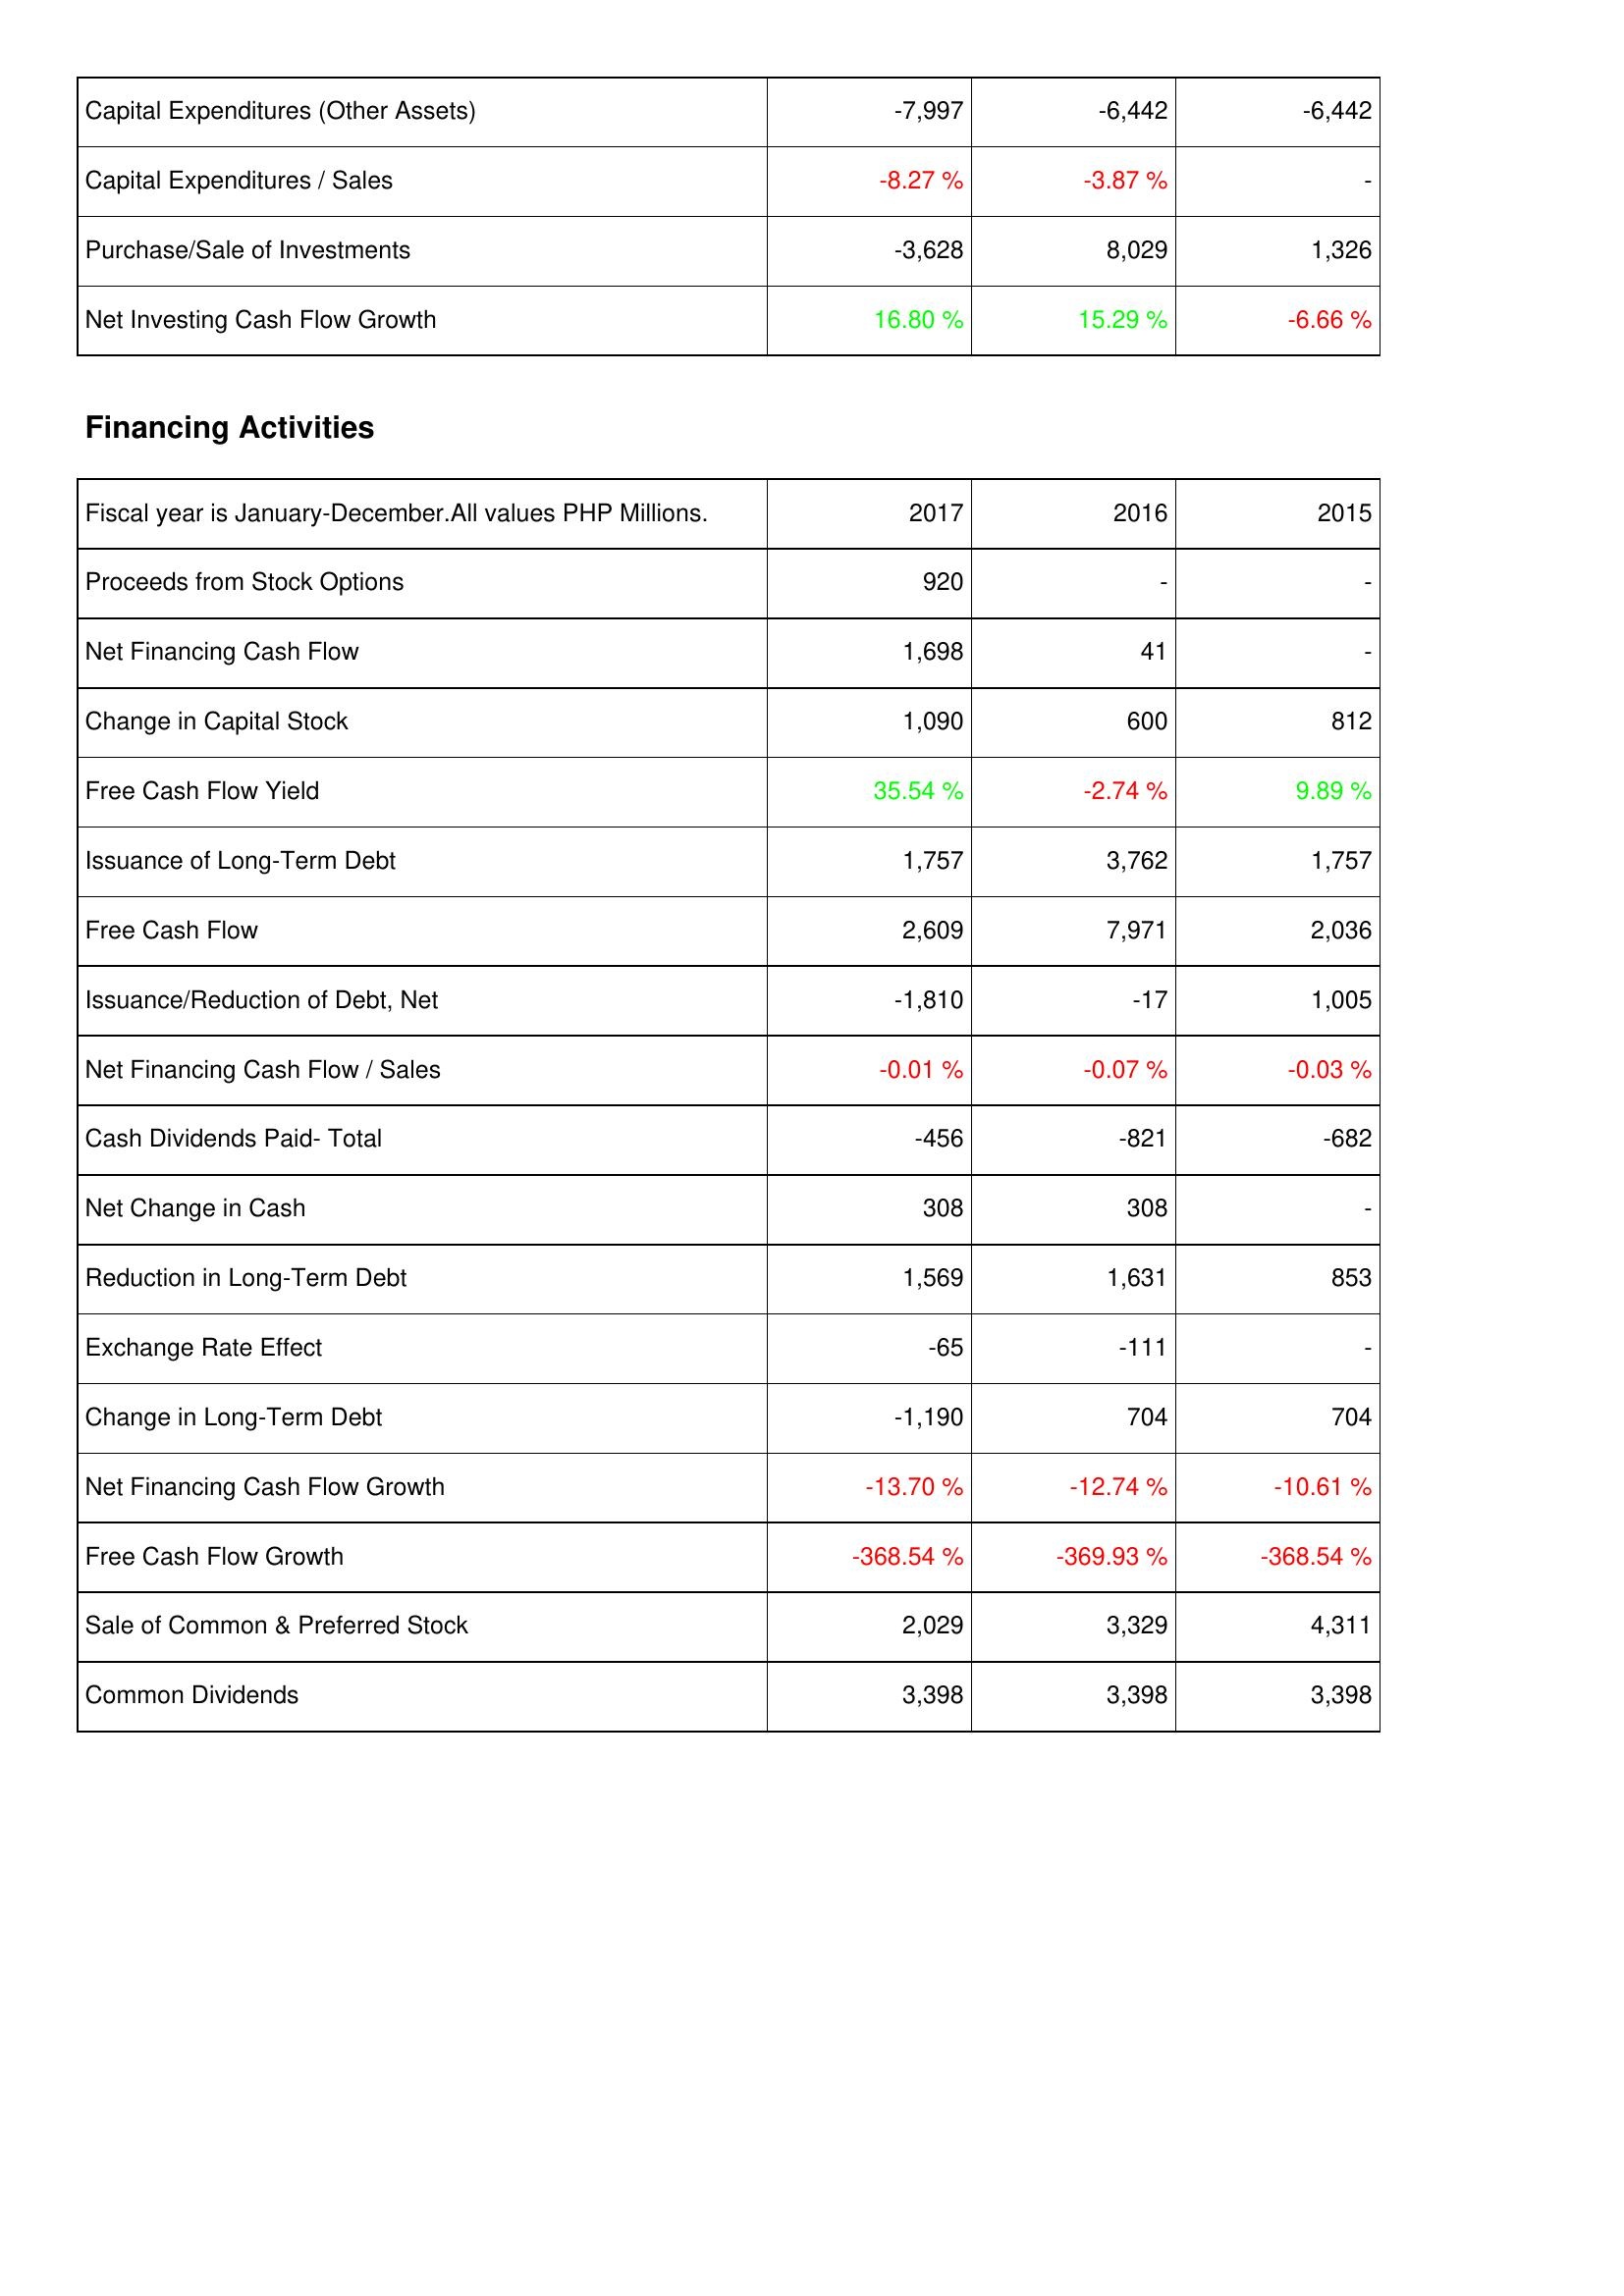
2017: Investing Activities: Capital Expenditures (Other Assets): -7,997
Capital Expenditures / Sales: -8.27 %
Purchase/Sale of Investments: -3,628
Net Investing Cash Flow Growth: 16.80 %
Financing Activities: Proceeds from Stock Options: 920
Net Financing Cash Flow: 1,698
Change in Capital Stock: 1,090
Free Cash Flow Yield: 35.54 %
Issuance of Long-Term Debt: 1,757
Free Cash Flow: 2,609
Issuance/Reduction of Debt, Net: -1,810
Net Financing Cash Flow / Sales: -0.01 %
Cash Dividends Paid- Total: -456
Net Change in Cash: 308
Reduction in Long-Term Debt: 1,569
Exchange Rate Effect: -65
Change in Long-Term Debt: -1,190
Net Financing Cash Flow Growth: -13.70 %
Free Cash Flow Growth: -368.54 %
Sale of Common & Preferred Stock: 2,029
Common Dividends: 3,398
2016: Investing Activities: Capital Expenditures (Other Assets): -6,442
Capital Expenditures / Sales: -3.87 %
Purchase/Sale of Investments: 8,029
Net Investing Cash Flow Growth: 15.29 %
Financing Activities: Proceeds from Stock Options: -
Net Financing Cash Flow: 41
Change in Capital Stock: 600
Free Cash Flow Yield: -2.74 %
Issuance of Long-Term Debt: 3,762
Free Cash Flow: 7,971
Issuance/Reduction of Debt, Net: -17
Net Financing Cash Flow / Sales: -0.07 %
Cash Dividends Paid- Total: -821
Net Change in Cash: 308
Reduction in Long-Term Debt: 1,631
Exchange Rate Effect: -111
Change in Long-Term Debt: 704
Net Financing Cash Flow Growth: -12.74 %
Free Cash Flow Growth: -369.93 %
Sale of Common & Preferred Stock: 3,329
Common Dividends: 3,398
2015: Investing Activities: Capital Expenditures (Other Assets): -6,442
Capital Expenditures / Sales: -
Purchase/Sale of Investments: 1,326
Net Investing Cash Flow Growth: -6.66 %
Financing Activities: Proceeds from Stock Options: -
Net Financing Cash Flow: -
Change in Capital Stock: 812
Free Cash Flow Yield: 9.89 %
Issuance of Long-Term Debt: 1,757
Free Cash Flow: 2,036
Issuance/Reduction of Debt, Net: 1,005
Net Financing Cash Flow / Sales: -0.03 %
Cash Dividends Paid- Total: -682
Net Change in Cash: -
Reduction in Long-Term Debt: 853
Exchange Rate Effect: -
Change in Long-Term Debt: 704
Net Financing Cash Flow Growth: -10.61 %
Free Cash Flow Growth: -368.54 %
Sale of Common & Preferred Stock: 4,311
Common Dividends: 3,398